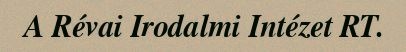
A Révai Irodalmi Intézet RT.